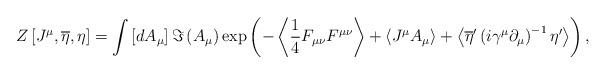
LaTeX: \begin{align*}Z\left[ J^\mu ,\overline{\eta },\eta \right] =\int\left[ dA_\mu \right] \Im \left( A_\mu \right) \exp \left( -\left\langle\frac 14F_{\mu \nu }F^{\mu \nu }\right\rangle +\left\langle J^\mu A_\mu\right\rangle +\left\langle \overline{\eta }^{\prime }\left( i\gamma ^\mu\partial _\mu \right) ^{-1}\eta ^{\prime }\right\rangle \right) ,\end{align*}